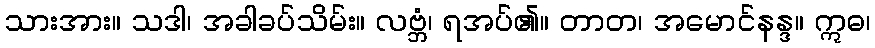
သားအား။ သဒါ၊ အခါခပ်သိမ်း။ လဗ္ဘံ၊ ရအပ်၏။ တာတ၊ အမောင်နန္ဒ။ ဣဓ၊